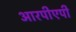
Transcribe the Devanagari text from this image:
आरपीएपी